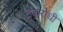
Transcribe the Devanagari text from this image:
टैकरोधी